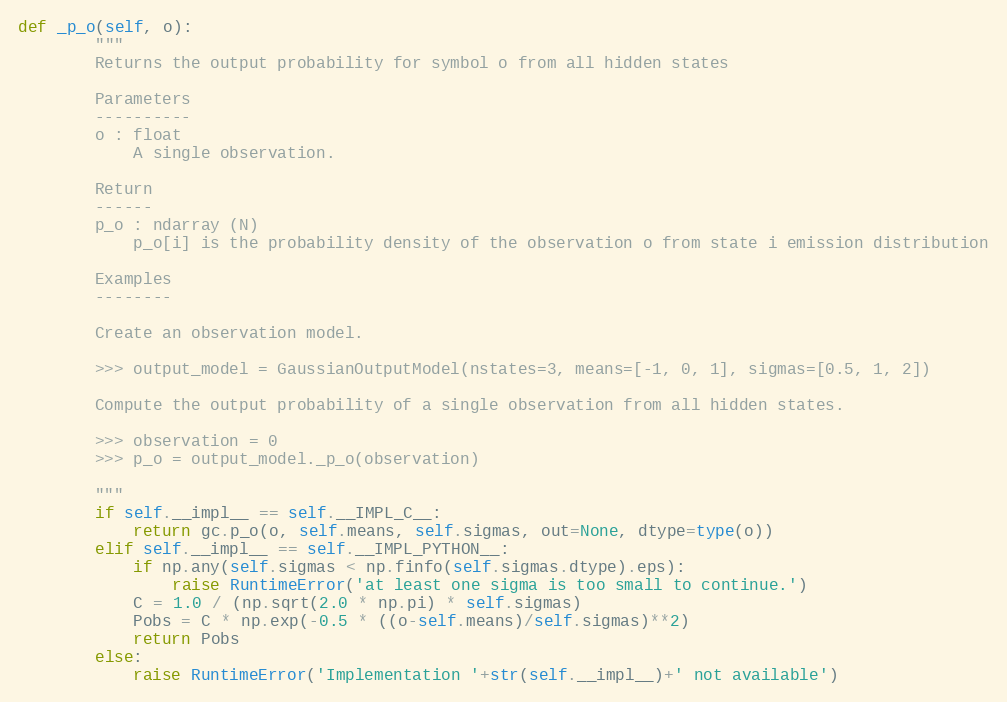
Language: Python
def _p_o(self, o):
        """
        Returns the output probability for symbol o from all hidden states

        Parameters
        ----------
        o : float
            A single observation.

        Return
        ------
        p_o : ndarray (N)
            p_o[i] is the probability density of the observation o from state i emission distribution

        Examples
        --------

        Create an observation model.

        >>> output_model = GaussianOutputModel(nstates=3, means=[-1, 0, 1], sigmas=[0.5, 1, 2])

        Compute the output probability of a single observation from all hidden states.

        >>> observation = 0
        >>> p_o = output_model._p_o(observation)

        """
        if self.__impl__ == self.__IMPL_C__:
            return gc.p_o(o, self.means, self.sigmas, out=None, dtype=type(o))
        elif self.__impl__ == self.__IMPL_PYTHON__:
            if np.any(self.sigmas < np.finfo(self.sigmas.dtype).eps):
                raise RuntimeError('at least one sigma is too small to continue.')
            C = 1.0 / (np.sqrt(2.0 * np.pi) * self.sigmas)
            Pobs = C * np.exp(-0.5 * ((o-self.means)/self.sigmas)**2)
            return Pobs
        else:
            raise RuntimeError('Implementation '+str(self.__impl__)+' not available')